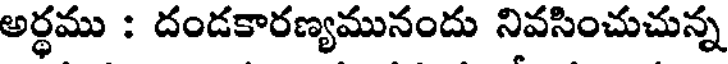
అర్ధము : దండకారణ్యమునందు నివసించుచున్న